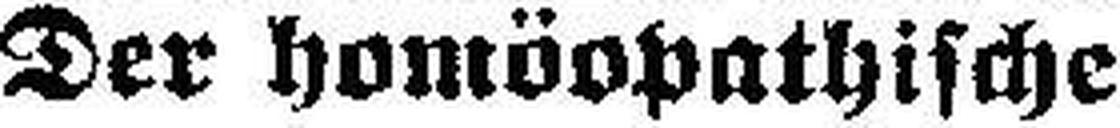
Der homöopathische